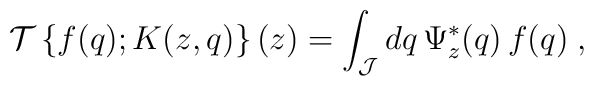
{\mathcal T} \left\{f(q); K(z,q)\right\} (z)=\int_{\mathcal J}dq \,\Psi_{z}^{*} (q) \,f(q)\;  ,